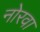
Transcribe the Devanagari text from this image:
नोरवा